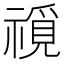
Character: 𥛟